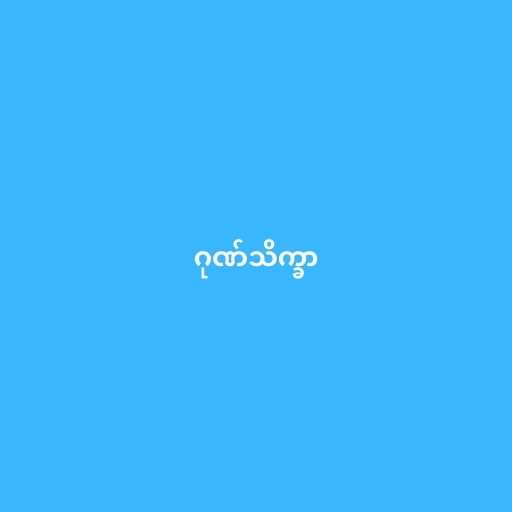
ဂုဏ်သိက္ခာ